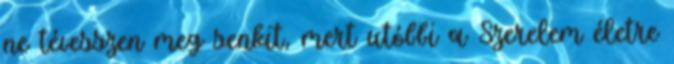
ne tévesszen meg senkit, mert utóbbi a Szerelem életre